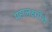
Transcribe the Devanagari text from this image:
महालक्ष्मींचे